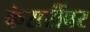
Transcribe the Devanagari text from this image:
केसरींवर